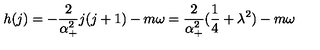
h ( j ) = - \frac 2 { \alpha _ { + } ^ { 2 } } j ( j + 1 ) - m \omega = \frac 2 { \alpha _ { + } ^ { 2 } } ( \frac 1 4 + \lambda ^ { 2 } ) - m \omega